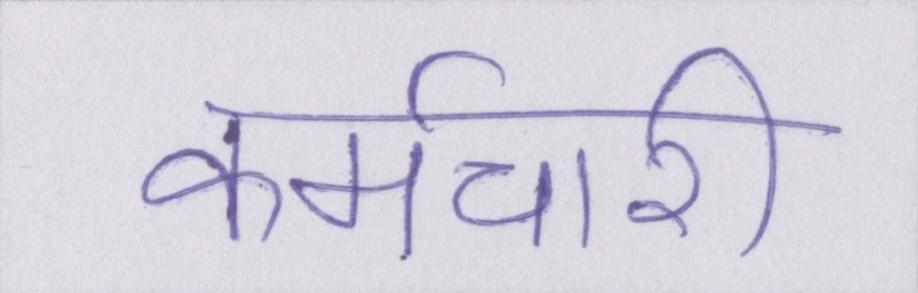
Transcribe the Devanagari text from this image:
कर्मचारी